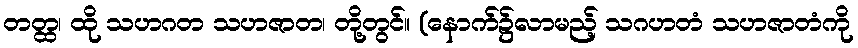
တတ္ထ၊ ထို သဟဂတ သဟဇာတ၊ တို့တွင်။ (နောက်၌လာမည့် သဂဟတံ သဟဇာတံကို